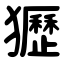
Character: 㺡